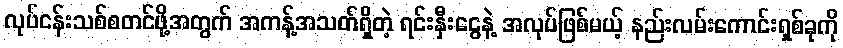
လုပ်ငန်းသစ်စတင်ဖို့အတွက် အကန့်အသတ်ရှိတဲ့ ရင်းနှီးငွေနဲ့ အလုပ်ဖြစ်မယ့် နည်းလမ်းကောင်းရှစ်ခုကို